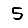
Digit: 5